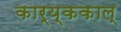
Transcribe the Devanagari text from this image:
कार्य्ककाल्